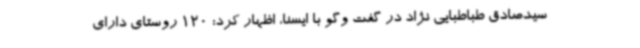
سیدصادق طباطبایی نژاد در گفت وگو با ایسنا، اظهار کرد: 120 روستای دارای